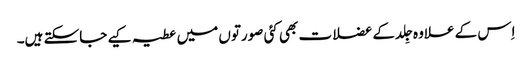
اِس کے علاوہ جِلد کے عضلات بھی کئی صورتوں میں عطیہ کیے جاسکتے ہیں۔